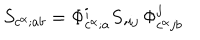
LaTeX: S _ { c ^ { \alpha } ; a b } = \Phi _ { c ^ { \alpha } ; a } ^ { i } S , _ { i j } \Phi _ { c ^ { \alpha } j b } ^ { j }